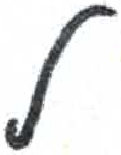
אות: ל